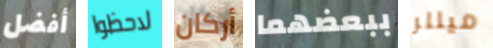
أفضل لاحظوا أركان ببعضهما ميللر